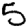
Digit: 5